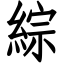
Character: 綜